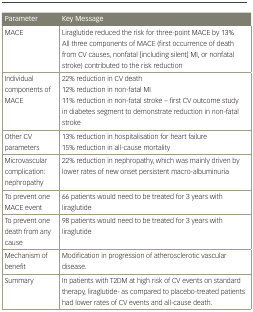
| Parameter | Key Message |
 | --- | --- |
 | MACE | Liraglutide reduced the risk for three-point MACE by 13% All three components of MACE (first occurrence of death from CV causes, nonfatal [including silent] MI, or nonfatal stroke) contributed to the risk reduction |
 | Individual components of MACE | 22% reduction in CV death12% reduction in non-fatal MI11% reduction in non-fatal stroke – first CV outcome study in diabetes segment to demonstrate reduction in non-fatal stroke |
 | Other CV parameters | 13% reduction in hospitalisation for heart failure15% reduction in all-cause mortality |
 | Microvascular complication: nephropathy | 22% reduction in nephropathy, which was mainly driven by lower rates of new onset persistent macro-albuminuria |
 | To prevent one MACE event | 66 patients would need to be treated for 3 years with liraglutide |
 | To prevent one death from any cause | 98 patients would need to be treated for 3 years with liraglutide |
 | Mechanism of benefit | Modification in progression of atherosclerotic vascular disease. |
 | Summary | In patients with T2DM at high risk of CV events on standard therapy, liraglutide- as compared to placebo-treated patients had lower rates of CV events and all-cause death. |